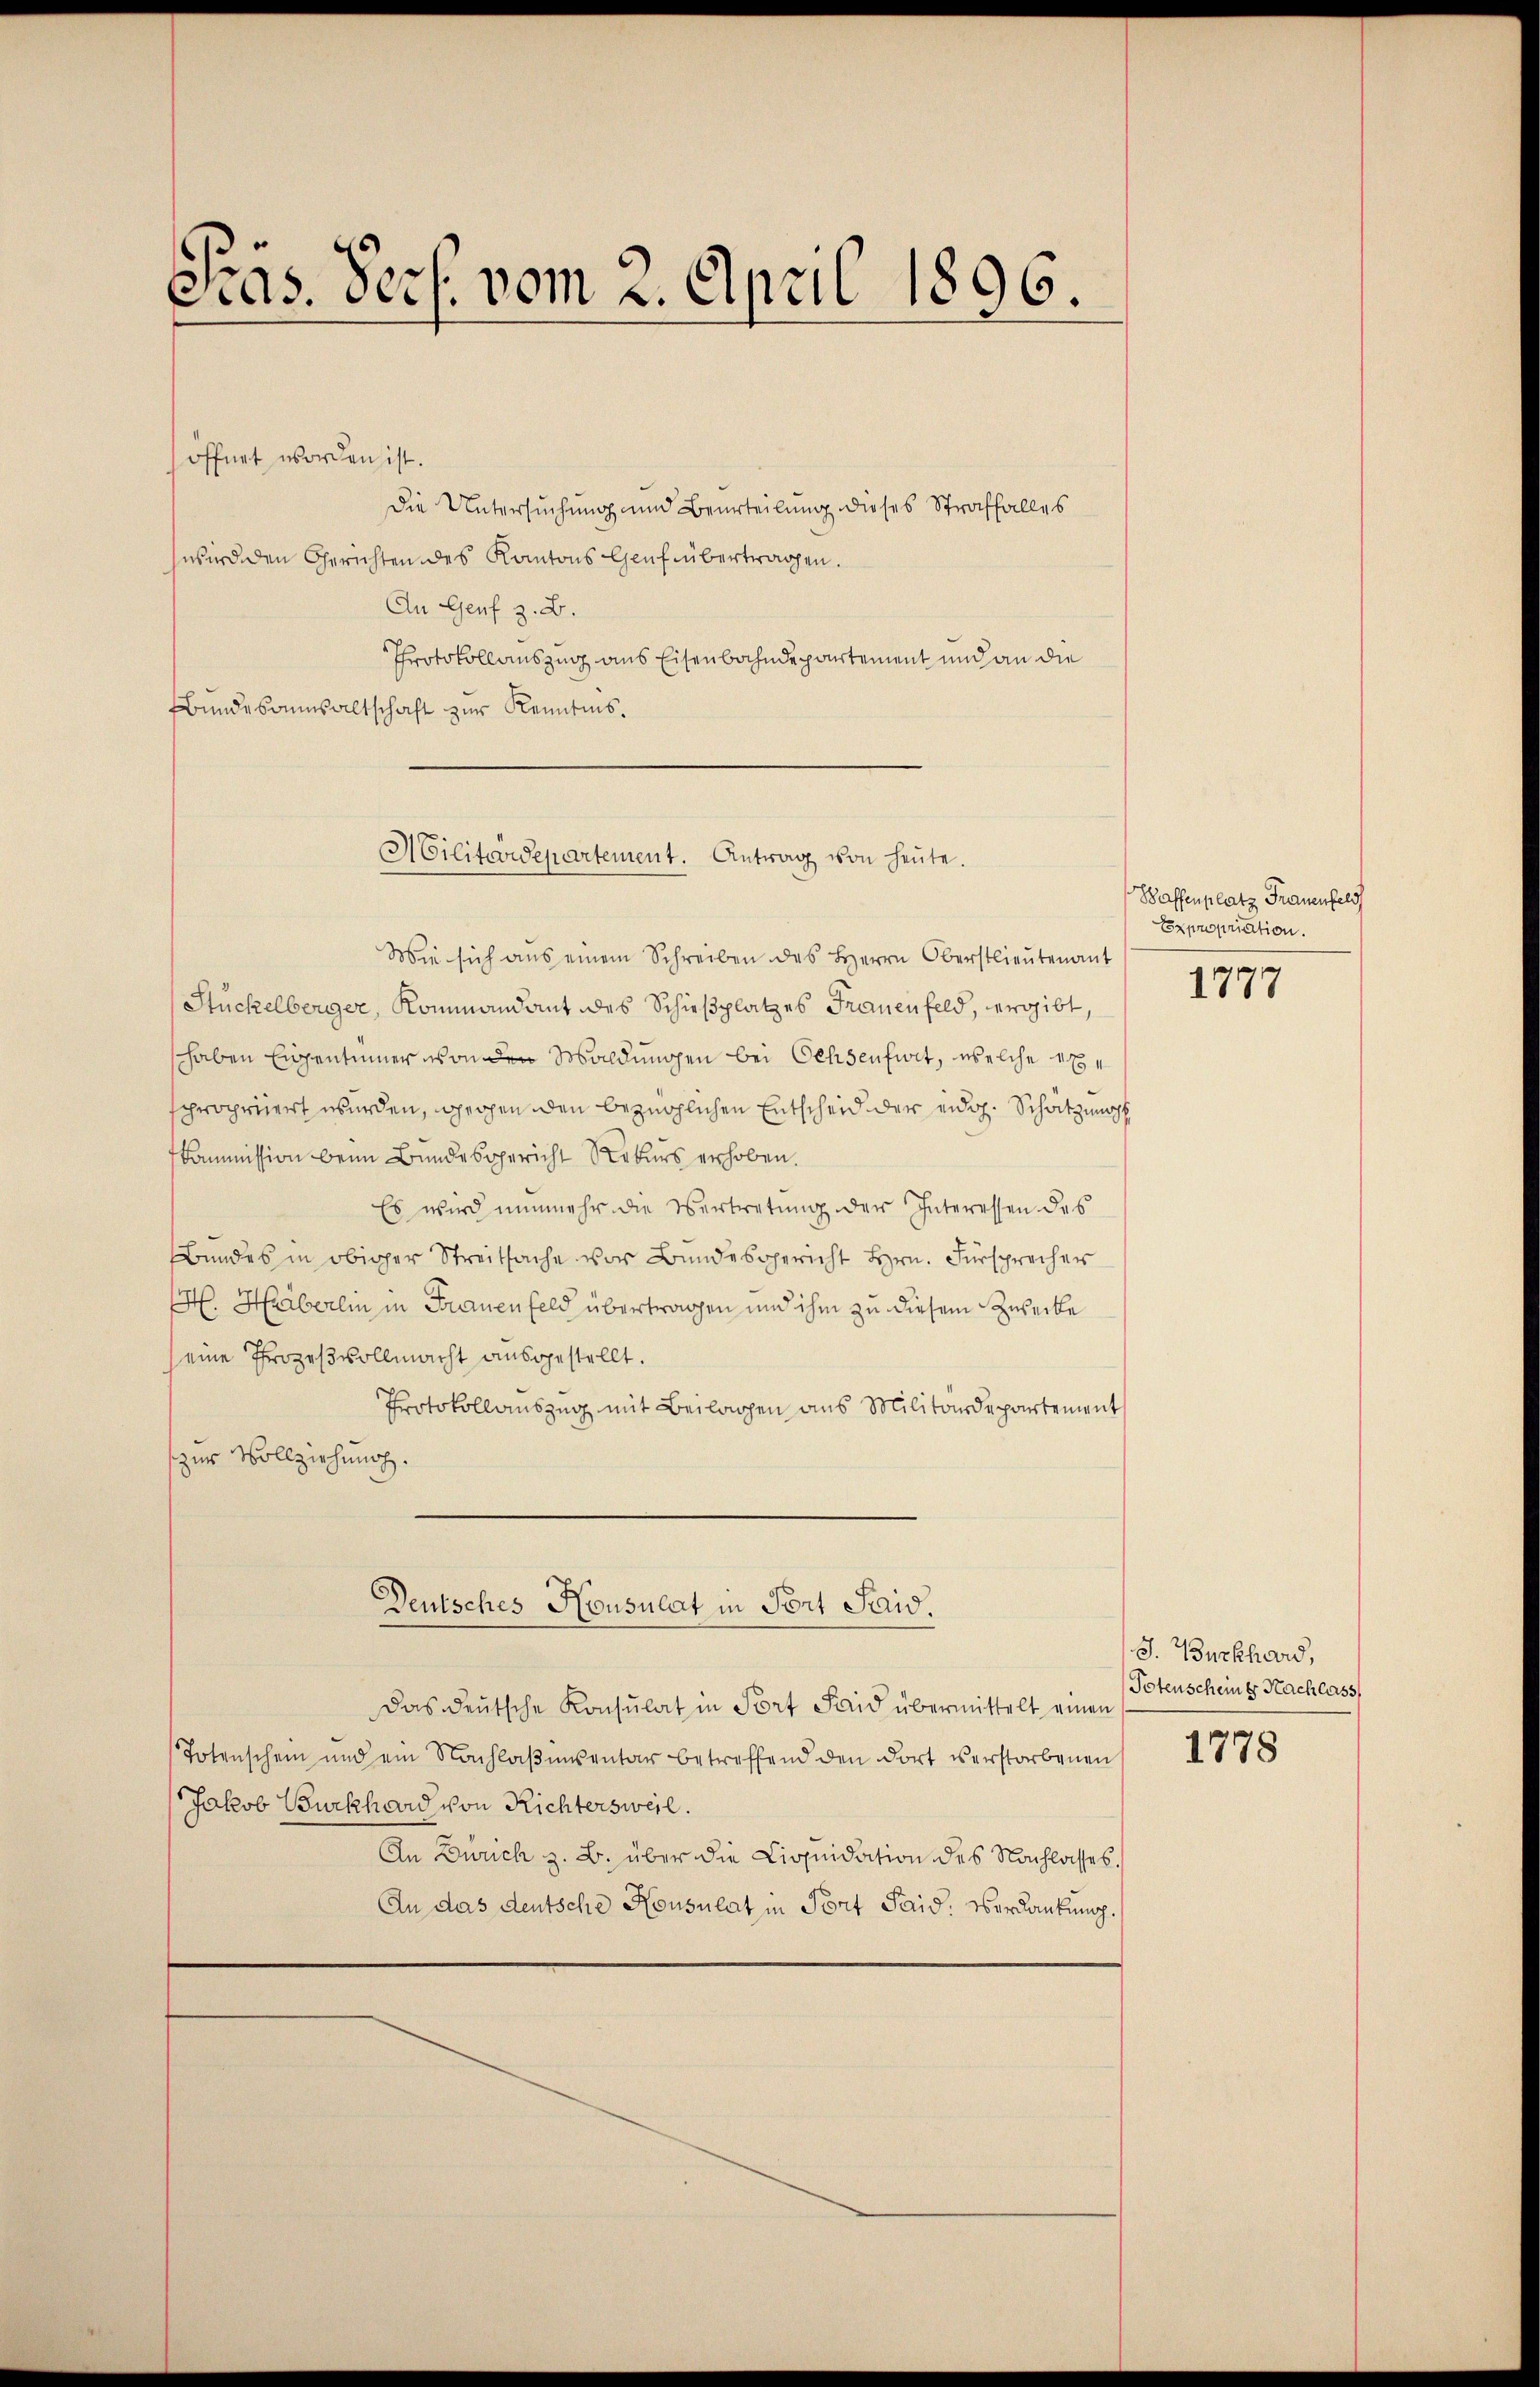
Pras. Pers. vom 2. April 1896.

öffnet worden ist.
Die Untersuchung und Beurteilung dieses Straffalles
wird den Gerichten des Kantons Genf übertragen.
An Genf z. B.
Protokollauszug aus Eisenbahndepartement mich an die
Bundesausaltschaft zur Kenntnis.
Wie sich aus einem Schreiben des Herrn Oberstlieutenant
Stückelberger, Kommandant des Schieβplatzes Frauenfeld, ergibt,
haben Eigentümer von den Maldungen bei Ochsenfirt, welche expropriiert wurden, gegen den bezüglichen Entscheid der eidg. Schatzungs
Commission beim Bundesgericht Rekurs erhoben.
Es wird nunmehr die Vertretung der Interessen des
Bundes in obiger Streitsache vor Bundesgericht Hrn. Fürsprecher
M. Häberlin in Frauenfeld übertragen und ihm zu diesem Zwecke
eine Prozeßvollmacht ausgestellt.
Protokollauszug mit Beilagen aus Militärdepartement
zur Vollziehung.
Deutsches Honsulat in Port Said.
das deutsche Konsulat in Fort Frid übermittelt einen
Totenschein und ein Nachlaβinsentar betreffend den dort verstorbenen
Jakob Burkhard von Richtersweil.
An Zürich z. B. über die Liquidation des Nachlasses.
An das deutsche Housulat in Port Faid: Verdankung.

Militärdepartement. Antrag von heute.

Waffenplatz Frauenfeld
Expropriation.
1777

J. Burkhard,
Totenscheine Nachlass,
1778